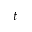
t